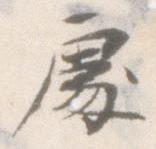
処